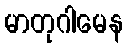
မာတုဂါမေန